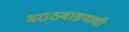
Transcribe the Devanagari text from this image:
मराठवाडयाची